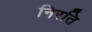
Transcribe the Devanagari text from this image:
निरति